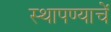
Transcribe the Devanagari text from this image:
स्थापण्याचें